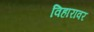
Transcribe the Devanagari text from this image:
विहारावर